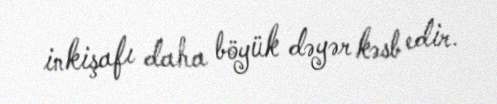
inkişafı daha böyük dəyər kəsb edir.